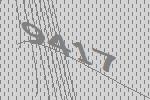
9417